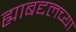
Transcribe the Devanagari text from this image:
ह्याबद्दलच्या